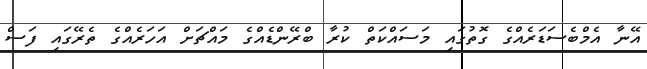
އޭނާ އެމްބެސަޑަރެއްގެ ގޮތުގައި މަސައްކަތް ކުރާ ބްރޭންޑެއްގެ މައްޗަށް އަހަރެއްގެ ތެރޭގައި ފަސް